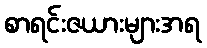
စာရင်းဇယားများအရ